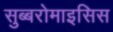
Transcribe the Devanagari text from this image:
सुब्बरोमाइसिस